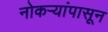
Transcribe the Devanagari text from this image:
नोकऱ्यांपासून